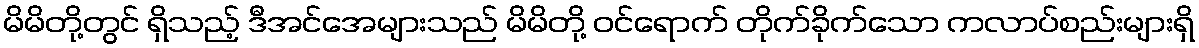
မိမိတို့တွင် ရှိသည့် ဒီအင်အေများသည် မိမိတို့ ဝင်ရောက် တိုက်ခိုက်သော ကလာပ်စည်းများရှိ